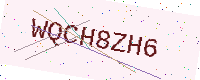
Text: WQCH8ZH6